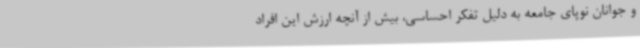
و جوانان نوپای جامعه به دلیل تفکر احساسی، بیش از آنچه ارزش این افراد